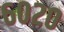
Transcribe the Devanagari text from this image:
६०२०